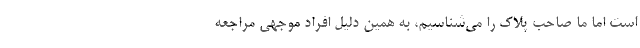
است اما ما صاحب پلاک را می‌شناسیم، به همین دلیل افراد موجهی مراجعه